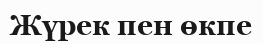
Жүрек пен өкпе